Indian journal of veterinary science and animal husbandry - Volume 14,
Year: 1944
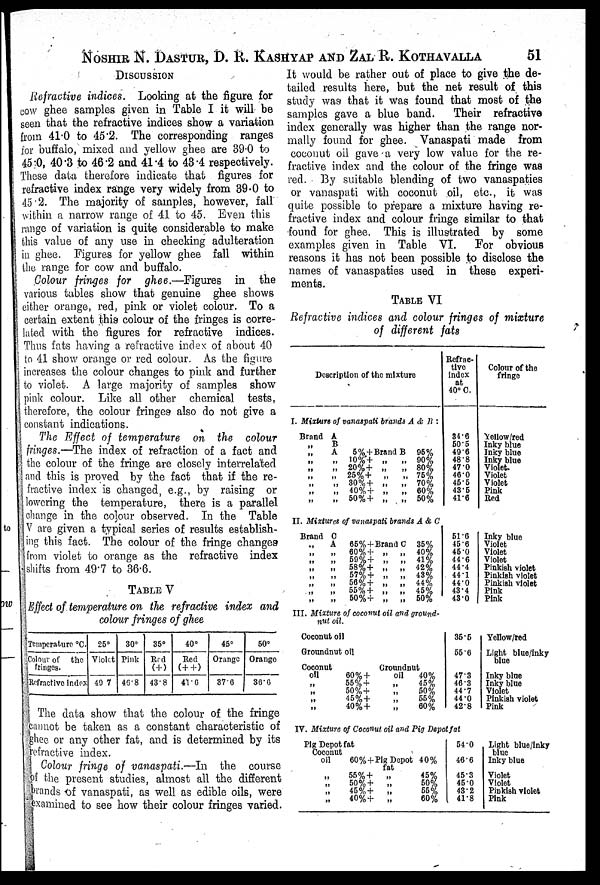
NOSHIR N. DASTUR, D. R. KASHYAP AND ZAL R. KOTHAVALLA 51
DISCUSSION
Refractive indices. Looking at the figure for
cow ghee samples given in Table I it will be
seen that the refractive indices show a variation
from 41.0 to 45.2. The corresponding ranges
for buffalo, mixed and yellow ghee are 39.0 to
45.0, 40.3 to 46.2 and 41.4 to 43.4 respectively.
These data therefore indicate that figures for
refractive index range very widely from 39.0 to
45.2. The majority of samples, however, fall
within a narrow range of 41 to 45. Even this
range of variation is quite considerable to make
this value of any use in checking adulteration
in ghee. Figures for yellow ghee fall within
the range for cow and buffalo.
Colour fringes for ghee.—Figures
in the
various tables show that genuine ghee shows
either orange, red, pink or violet colour. To a
certain extent this colour of the fringes is corre-
lated with the figures for refractive indices.
Thus fats having a refractive index of about 40
to 41 show orange or red colour. As the figure
increases the colour changes to pink and further
to violet. A large majority of samples show
pink colour. Like all other chemical tests,
therefore, the colour fringes also do not give a
constant indications.
The Effect of temperature on the colour
fringes.—The index of refraction of a fact and
the colour of the fringe are closely interrelated
and this is proved by the fact that if the re-
fractive index is changed, e.g., by raising or
lowering the temperature, there is a parallel
change in the colour observed. In the Table
V are given a typical series of results establish-
ing this fact. The colour of the fringe changes
from violet to orange as the refractive index
shifts from 49.7 to 36.6.
TABLE V
Effect of temperature on the refractive index and
colour fringes of ghee
Temperature °C
Colour of
the
fringes.
Refractive index
25°
Violet
40.7
30°
Pink
46.8
35°
Red
(+)
43.8
40°
Red
(++)
41.6
45°
Orange
37.6
50°
Orange
36.6
The data show that the colour of the fringe
cannot be taken as a constant characteristic of
ghee or any other fat, and is determined by its
refractive index.
Colour fringe of vanaspati.—In
the course
of the present studies, almost all the different
brands of vanaspati, as well as edible oils, were
examined to see how their colour fringes varied.
It would be rather out of place to give the de-
tailed results here, but the net result of this
study was that it was found that most of the
samples gave a blue band.
Their refractive
index generally was higher than the range nor-
mally found for ghee. Vanaspati made from
coconut oil gave a very low value for the re-
fractive index and the colour of the fringe was
red. By suitable blending of two vanaspaties
or vanaspati with coconut oil, etc., it was
quite possible to prepare a mixture having re-
fractive index and colour fringe similar to that
found for ghee. This is illustrated by some
examples given in Table VI.
For obvious
reasons it has not been possible to disclose the
names of vanaspaties used in these experi-
ments.
TABLE VI
Refractive indices and colour fringes of mixture
of different fats
Description of the mixture
I. Mixture of vanaspati brands A & B :
Brand
„
„ „
„
„ „
„
„
A
B
A
„
„
„
„
„ „
5% + Brand B
10% + „
„
20% + „
„
25% +
„
„
30% + „
„
40% + „
„
50% + „
„
95%
90%
80%
75%
70%
60%
50%
Refrac-
tive
index
at
40° C.
34.6
50.5
49.6
48.8
47.0
46.0
45.5
43.5
41.6
Colour of the
fringe
Yellow/red
Inky blue
Inky blue
Inky blue
Violet.
Violet
Violet
Pink
Red
II. Mixtures of vanaspati brands A & C
Brand
„
„
„
„
„
„
„
„
C
A
„
„
„
„
„
„
„
65% + Brand C
60%+ „
59%+ „
58%+ „
57%+ „
56%+ „
55%+ „
50%+ „
„
„
„
„
„
„
„
35%
40%
41%
42%
43%
44%
45%
50%
51.6
45.6
45.0
44.6
44.4
44.1
44.0
43.4
43.0
Inky blue
Violet
Violet
Violet
Pinkish violet
Pinkish violet
Pinkish violet
Pink
Pink
III. Mixture of coconut oil and ground-
nut oil.
Coconut oil
Groundnut oil
Coconut
oil
„
„
„
„
60% +
55% +
50% +
45% +
40% +
Groundnut
oil
40%
„ 45%
„ 50%
„ 55%
„ 60%
35.5
55.6
47.3
46.3
44.7
44.0
42.8
Yellow/red
Light blue/inky
blue
Inky blue
Inky blue
Violet
Pinkish violet
Pink
IV. Mixture of Coconut oil and Pig Depot fat
Pig Depot fat
Coconut
oil
„
„
„
„
60% +Pig Depot
fat
55%+
„
50%+
„
45%+
„
40%+
„
40%
45%
50%
55%
60%
54.0
46.6
45.3
45.0
43.2
41.8
Light blue/inky
blue
Inky blue
Violet
Violet
Pinkish violet
Pink